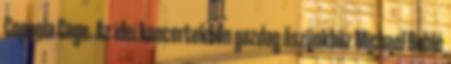
Coppola Cage. Az idei koncertekben gazdag őszünkhöz Michael Bublé